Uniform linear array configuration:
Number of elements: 24
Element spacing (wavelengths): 0.25
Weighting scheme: binomial
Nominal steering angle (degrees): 0
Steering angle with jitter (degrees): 0.5383
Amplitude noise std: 0.05
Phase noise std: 0.05

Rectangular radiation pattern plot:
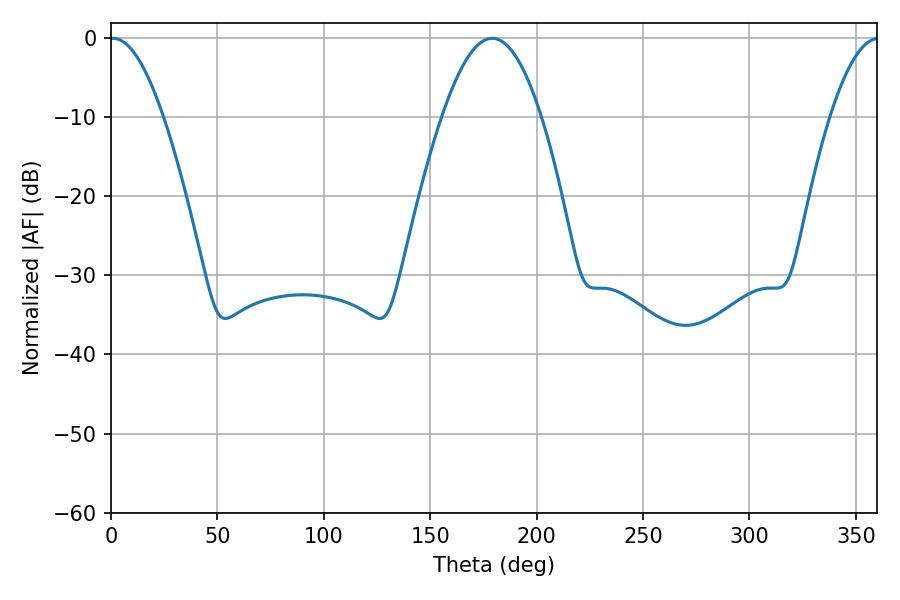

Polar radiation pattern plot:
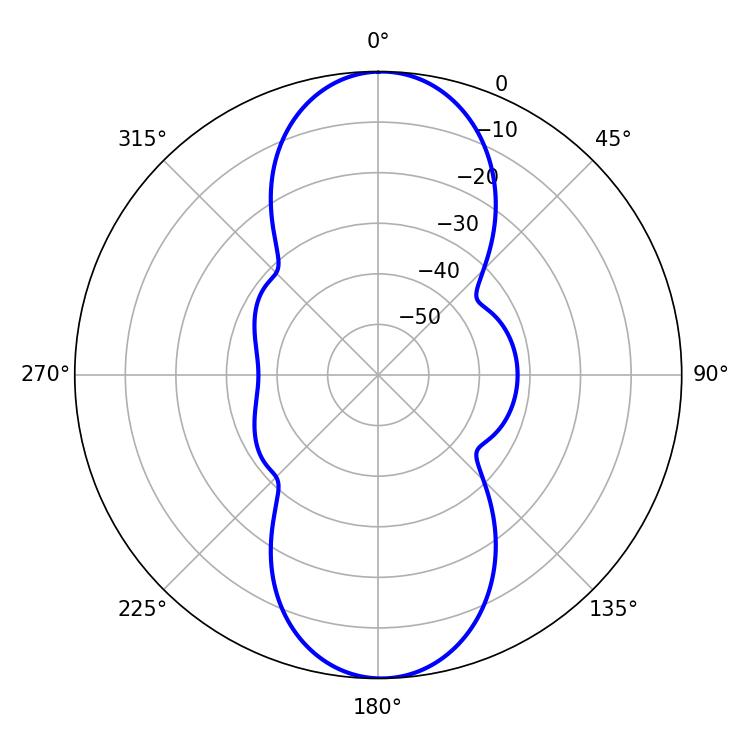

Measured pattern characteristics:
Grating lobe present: FALSE
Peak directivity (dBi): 20.496
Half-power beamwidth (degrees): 25.38
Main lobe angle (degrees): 179.1